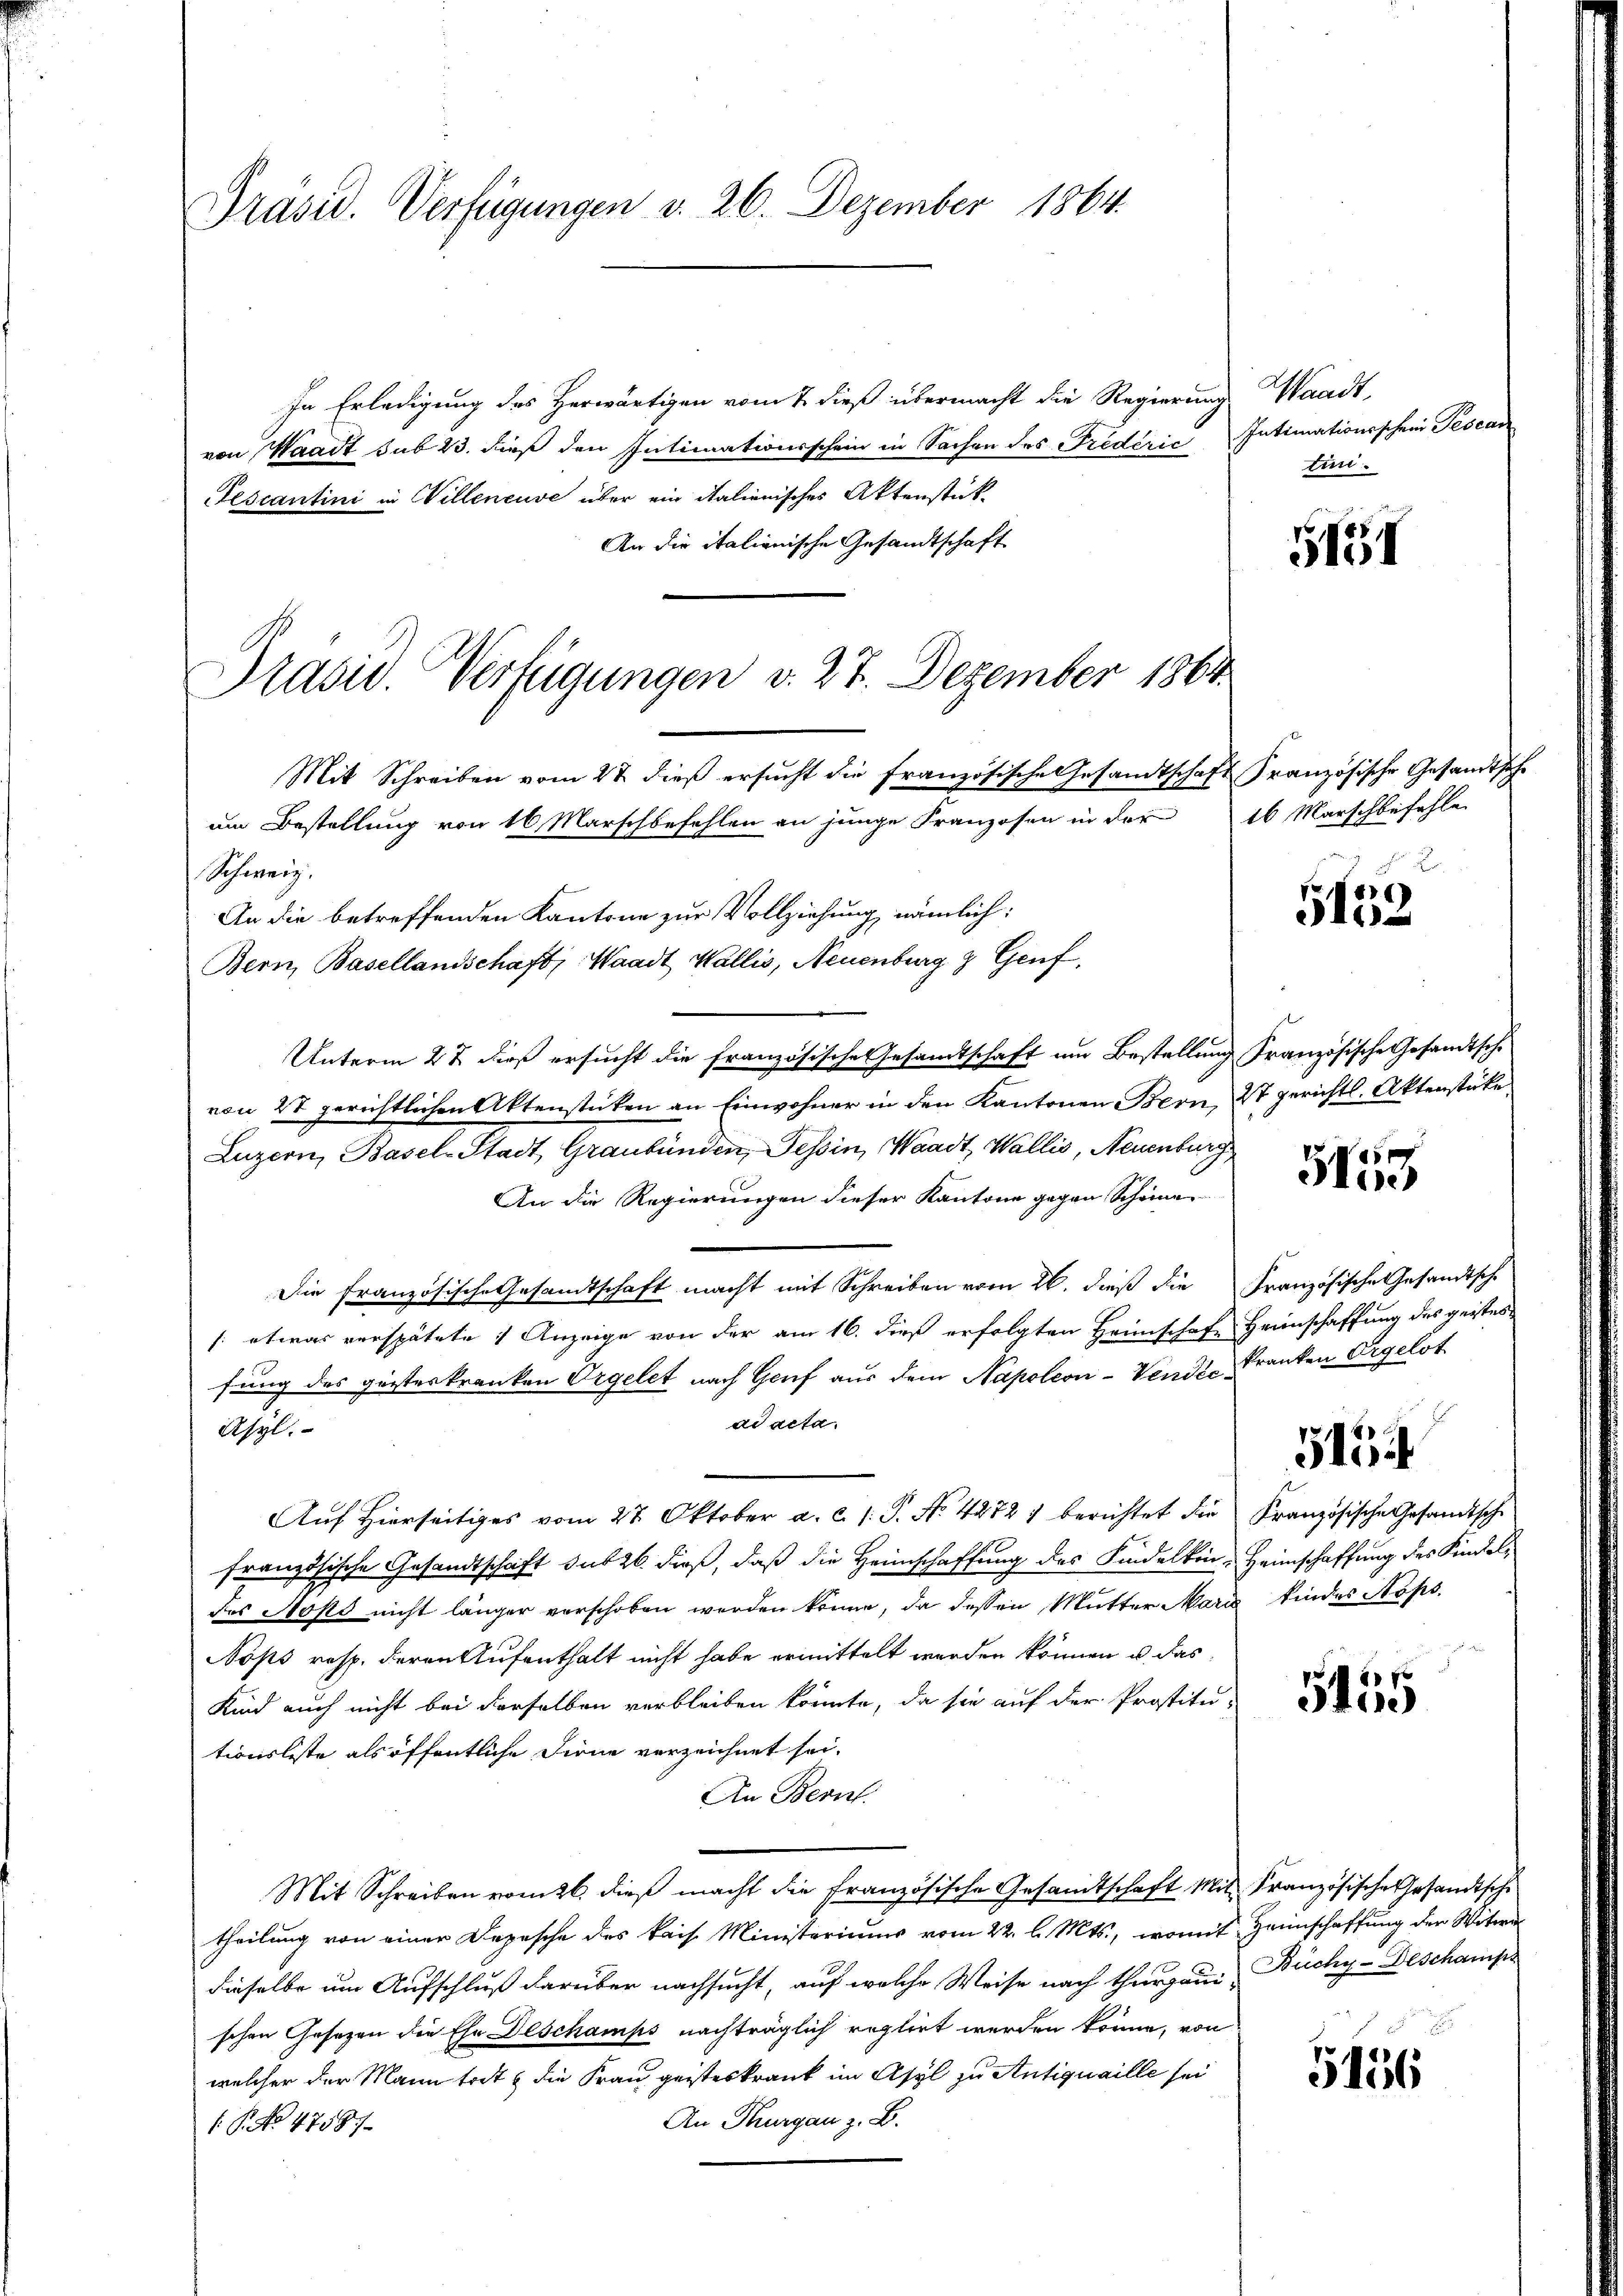
Präsid. Verfügungen v. 26. Dezember 1864.

In Erledigung des Herwärtigen vom 7. dieß übermacht die Regierung
von Waadt sub 23. dieß den Intimationsschein in Sachen des Fredérić Intimationsschein Tesand
Fescantini in Willeneuve über ein italienisches Aktenstück
An die italienische Gesandtschaft
Mit Schreiben vom 27. dieß ersucht die französische Gesandtschaft Französische Gesandtsche
um Bestellung von 16. Marschbefehlen an junge Franzosen in der 16 Marschbefehle
Schweiz.
An die betreffenden Kantone zur Vollziehung nämlich:
Bern, Basellandschaft, Waadt Wallis, Neuenburg & Genf,
Unterm 2t dieß ersucht die französische Gesandtschaft um Bestellung französische Gesandtsche
von 27 gerichtlichen Aktenstücken an Einwohner in den Kantonen Bern, 27 gerichtl. Aktenstücke
Luzern, Basel-Stadt Graubünden, Tessin, Waadt, Wallis, Neuenburg
An die Regierungen dieser Kantone gegen Scheine
Die französische Gesandtschaft macht mit Schreiben vom 26. dieß die Französische Gesandtsche
/: etwas verspätete : Anzeige von der am 16. dieß erfolgten Heimschaft Heimschaffung des geistes
fung des geisteskranken Orgelet nach Genf aus dem Napoleon-Vendie Franken Orgelst
ad acta.
Asyl.
Auf Hierseitiges vom 27. Oktober a. c. s. S. No. 4272) berichtet die Französische Gesandtsche
französische Gesandtschrift das 26. dieß, daß die Heimschaffung des Kindelkin, Heimschaffung des Kindeldes Stops nicht länger verschoben werden könne, da dessen Mutter Maris findes Nops.
Nops resp. deren Aufenthalt nicht habe ermittelt werden können u. das
Kind auch nicht bei derselben verbleiben könnte, da sie auf der Prostitu-
tionsliste als öffentliche Dirne verzeichnet sei.
An Bern.
Mit Schreiben romtl. dieß macht die Französische Gesandtschaft. Mit
theilung von einer Depesche des kais. Ministeriums vom 22. l. Mts., womit
dieselbe um Aufschluß darüber nachsucht, auf welche Weise nach Thurgau Büchy-Beschamps
schen Gesetzen die Ehe Deschamps nachträglich reglirt werden könne, von
welcher der Mann tritz die Frau geisteskrank im Asyl zu Antiquaille sei
An Thurgau z. B.
P. No 47587

Präsid. Verfügungen v. 27. Dezember 1864

Waadt,
tin.

5131

2

5132

555

5154
1

Slio

Französische Gesandtsche
Heimschaffung der Witwe

5456